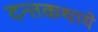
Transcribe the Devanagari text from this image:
दन्तकथाये